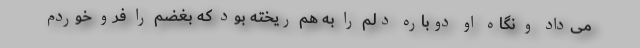
می‌داد و نگاه او دوباره دلم را به هم ریخته بود که بغضم را فرو خوردم